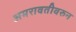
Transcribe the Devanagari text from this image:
अमरावतीवरुन